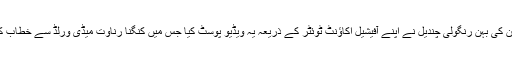
خیال رہے کہ کنگنا سوشل میڈیا اکاؤنٹ ہینڈل نہیں کرتی لیکن ان کی بہن رنگولی چندیل نے اپنے آفیشیل اکاؤنٹ ٹوئٹر کے ذریعہ یہ ویڈیو پوسٹ کیا جس میں کنگنا رناوت میڈی ورلڈ سے خطاب کرتے ہوئے کہہ رہی ہیں کہ وہ معافی تو بالکل نہیں مانگیں گی۔